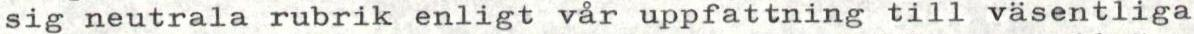
sig neutrala rubrik enligt vår uppfattning till väsentliga